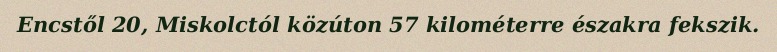
Encstől 20, Miskolctól közúton 57 kilométerre északra fekszik.